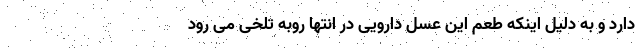
دارد و به دلیل اینکه طعم این عسل دارویی در انتها روبه تلخی می رود